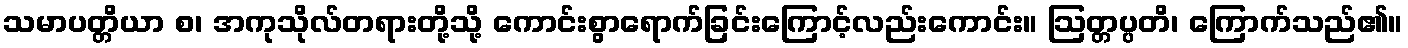
သမာပတ္တိယာ စ၊ အကုသိုလ်တရားတို့သို့ ကောင်းစွာရောက်ခြင်းကြောင့်လည်းကောင်း။ ဩတ္တပ္ပတိ၊ ကြောက်သည်၏။